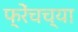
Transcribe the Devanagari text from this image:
फ्रेंचच्या